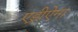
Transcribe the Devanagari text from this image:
एड्रीऐना